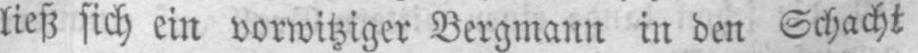
ließ sich ein vorwitziger Bergmann in den Schacht